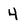
Character: 4